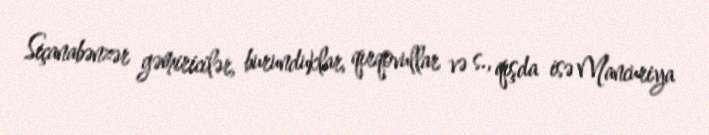
Siçanabənzər gəmiricilər, burunduklar, qırqovullar və s., qışda isə Mancuriya